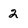
Character: 2